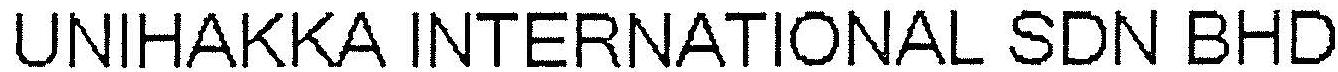
UNIHAKKA INTERNATIONAL SDN BHD